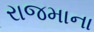
રાજમાના